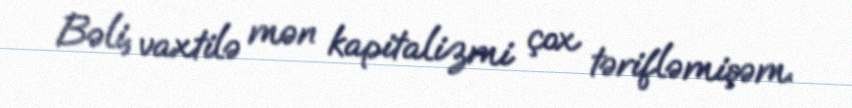
Bəli, vaxtilə mən kapitalizmi çox tərifləmişəm.